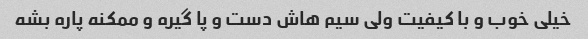
خیلی خوب و با کیفیت ولی سیم هاش دست و پا گیره و ممکنه پاره بشه